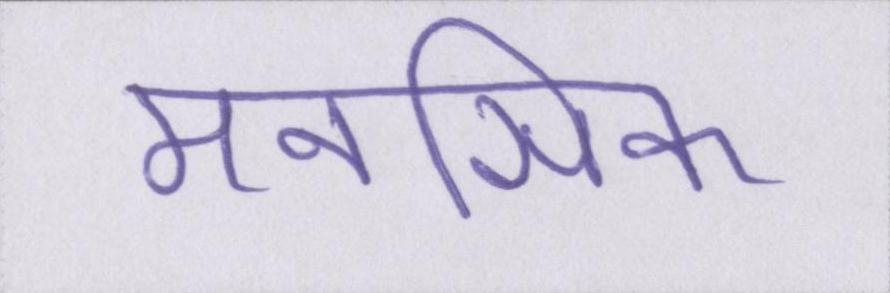
मनसिक